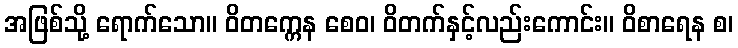
အဖြစ်သို့ ရောက်သော။ ဝိတက္ကေန စေဝ၊ ဝိတက်နှင့်လည်းကောင်း။ ဝိစာရေန စ၊